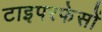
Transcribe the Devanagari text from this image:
टाइपरफेसों